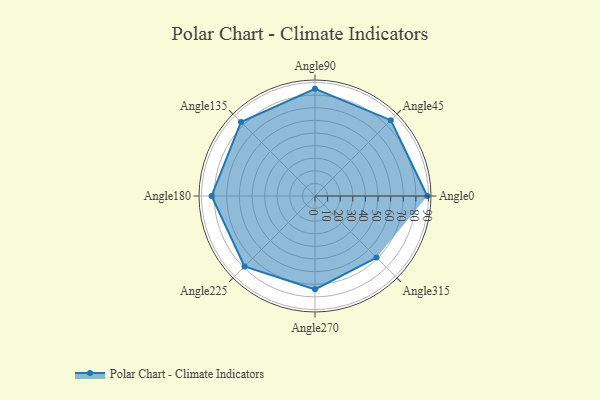
{"axis": {"x": "Angle", "y": "Radius"}, "legend": [""], "data": [{"x": "Angle0", "y": 89.0, "type": ""}, {"x": "Angle45", "y": 85.0, "type": ""}, {"x": "Angle90", "y": 85.0, "type": ""}, {"x": "Angle135", "y": 83.0, "type": ""}, {"x": "Angle180", "y": 82.0, "type": ""}, {"x": "Angle225", "y": 79.0, "type": ""}, {"x": "Angle270", "y": 74.0, "type": ""}, {"x": "Angle315", "y": 69.0, "type": ""}]}